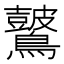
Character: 𪇞